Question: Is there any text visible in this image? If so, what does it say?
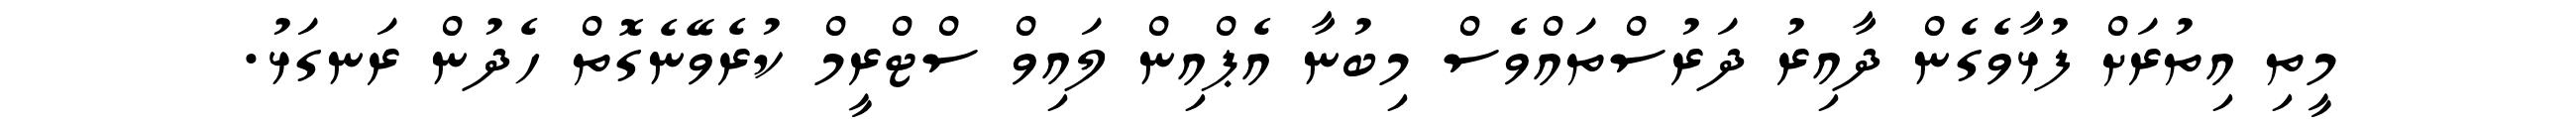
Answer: މީތި އިތުރަށް ފުޅާވެގެން ދާއިރު ދަރުސްތައްވެސް މިބުނާ އެޕްއިން ލައިވް ސްޓްރީމް ކުރެވޭނެގޮތް ހެދުން ރަނގަޅު.